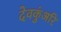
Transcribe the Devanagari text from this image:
देवकुंअरि